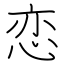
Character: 恋